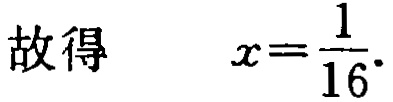
故得 \(x = \frac{1}{16}\)